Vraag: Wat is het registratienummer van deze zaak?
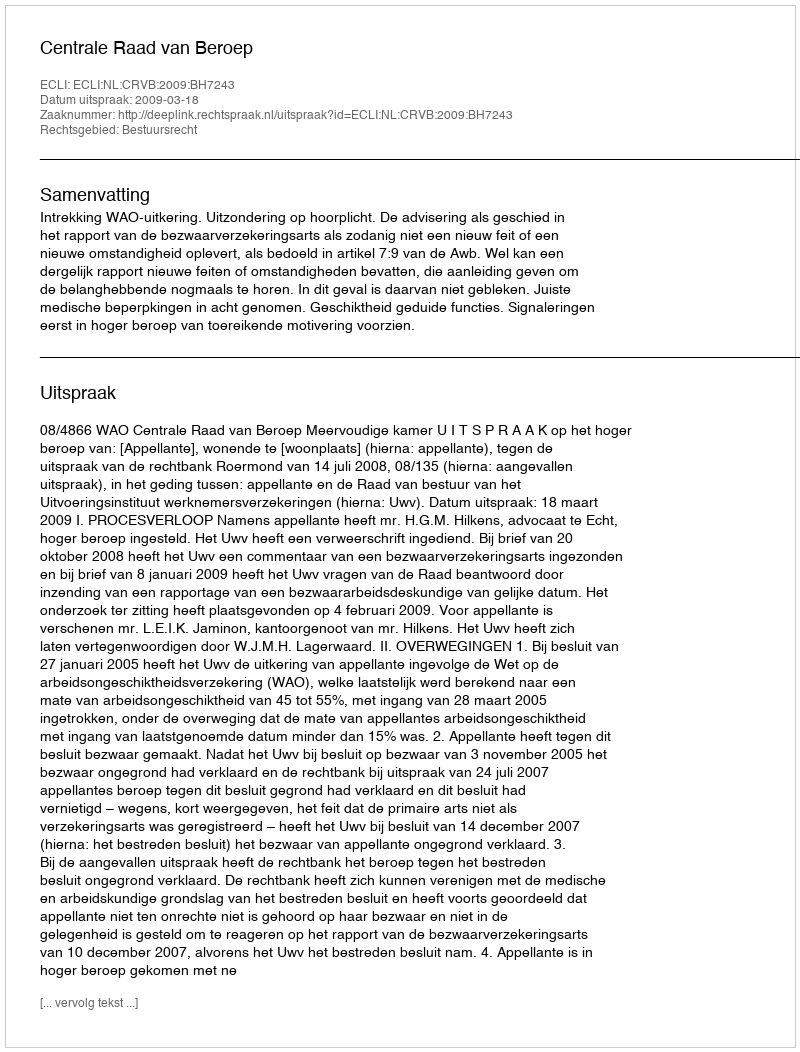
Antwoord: http://deeplink.rechtspraak.nl/uitspraak?id=ECLI:NL:CRVB:2009:BH7243